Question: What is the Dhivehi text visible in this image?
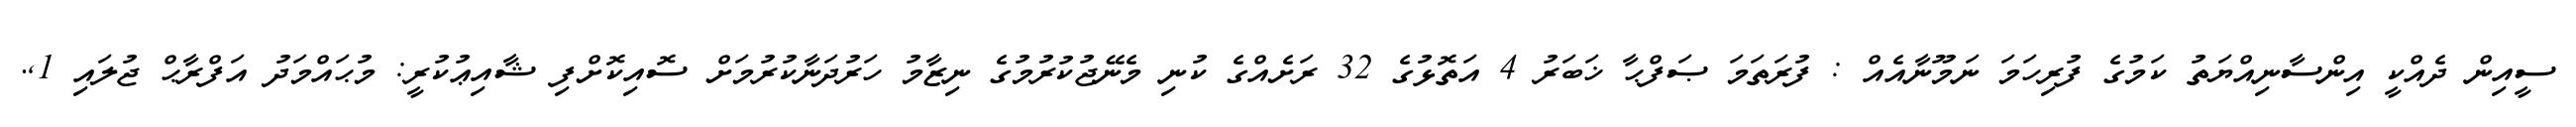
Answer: ސީއިން ދެއްކީ އިންސާނިއްޔަތު ކަމުގެ ފުރިހަމަ ނަމޫނާއެއް : ފުރަތަމަ ޞަފްޙާ ޚަބަރު 4 އަތޮޅުގެ 32 ރަށެއްގެ ކުނި މެނޭޖުކުރުމުގެ ނިޒާމު ހަރުދަނާކުރުމަށް ސޮއިކޮށްފި ޝާއިޢުކުރީ: މުޙައްމަދު އަފްރާޙް ޖުލައި 1,.